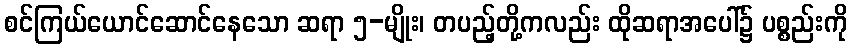
စင်ကြယ်ယောင်ဆောင်နေသော ဆရာ ၅-မျိုး၊ တပည့်တို့ကလည်း ထိုဆရာအပေါ်၌ ပစ္စည်းကို